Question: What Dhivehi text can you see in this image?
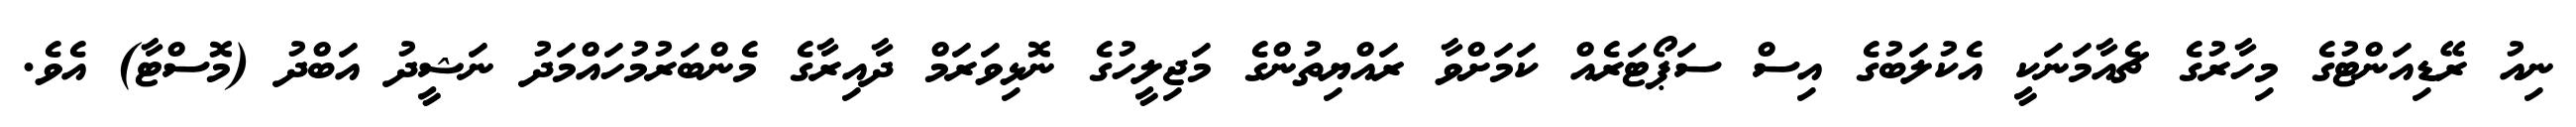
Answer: ނިއު ރޭޑިއަންޓުގެ މިހާރުގެ ޗެއާމަނަކީ އެކުލަބުގެ އިސް ސަޕޯޓަރެއް ކަމަށްވާ ރައްޔިތުންގެ މަޖިލީހުގެ ނޮޅިވަރަމް ދާއިރާގެ މެންބަރުމުހައްމަދު ނަޝީދު އަބްދު (މޮސްޓާ) އެވެ.